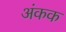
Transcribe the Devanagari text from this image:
अंकक